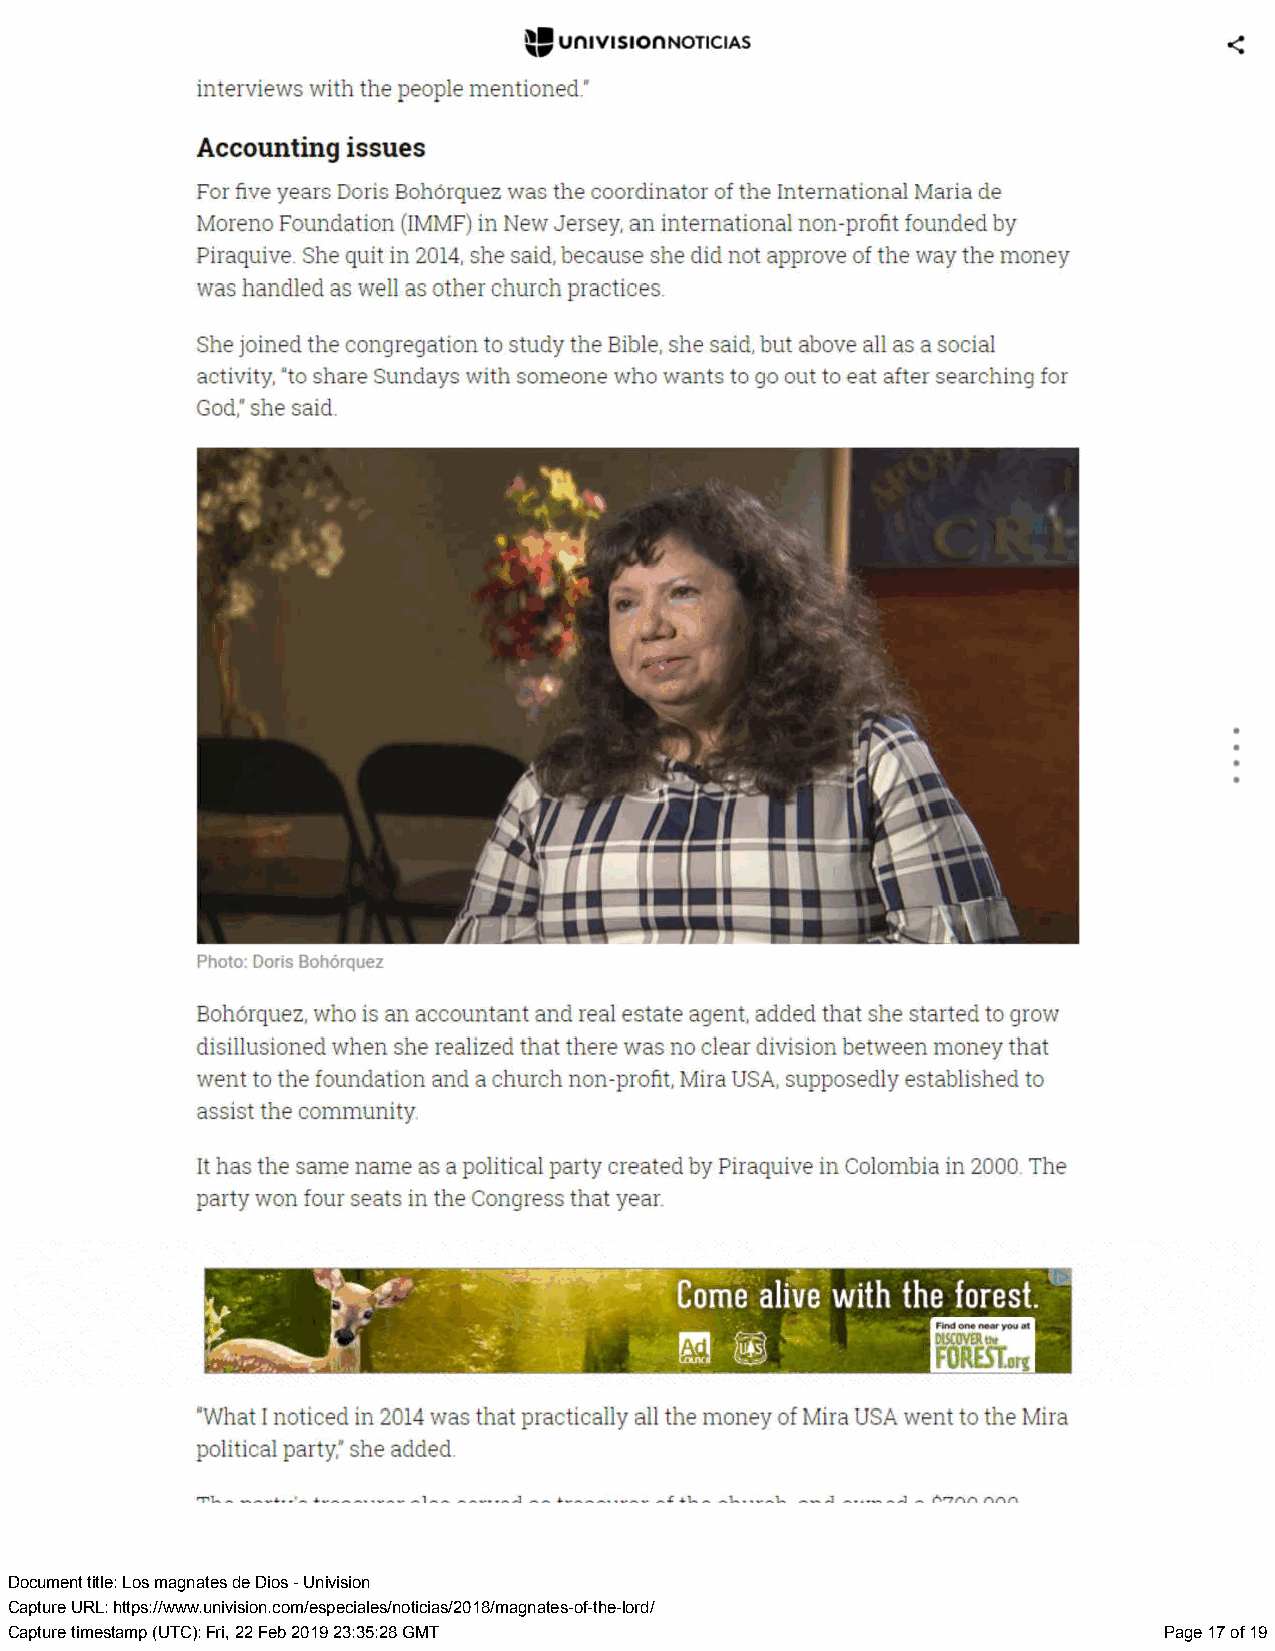
Document title: Los magnates de Dios - Univision
 Capture URL: https://www.univision.com/especiales/noticias/2018/magnates-of-the-lord/
 Capture timestamp (UTC): Fri, 22 Feb 2019 23:35:28 GMT                       Page 17 of 19